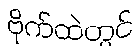
ဗိုက်ထဲတွင်